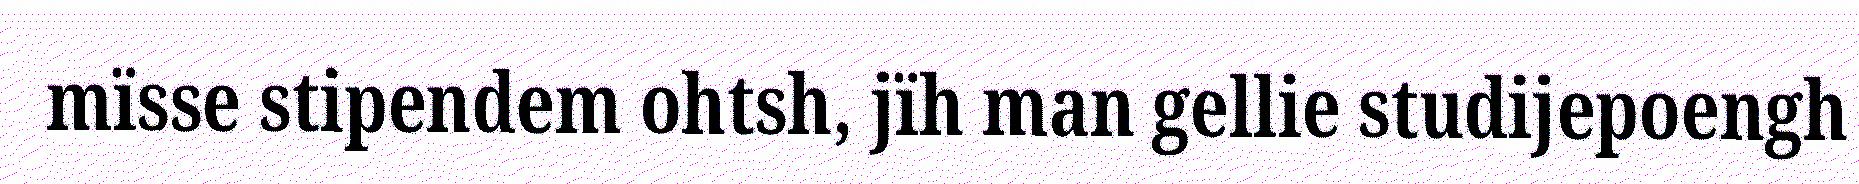
mïsse stipendem ohtsh, jïh man gellie studijepoengh